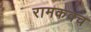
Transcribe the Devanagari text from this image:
रामकवच